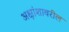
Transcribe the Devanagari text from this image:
अक्षांशावरील